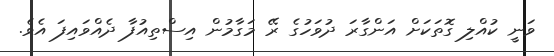
ވަނީ ކުއްލި ގޮތަކަށް އަންގާރަ ދުވަހުގެ ރޭ މަގާމުން އިސްތިއުފާ ދެއްވައިފަ އެވެ.